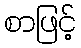
စာဖြင့်